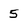
Character: 5